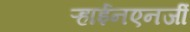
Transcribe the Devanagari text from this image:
ऱ्हाईनएनर्जी